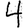
Digit: 4